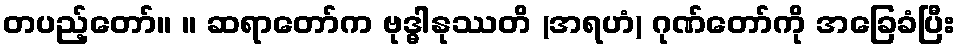
တပည့်တော်။ ။ ဆရာတော်က ဗုဒ္ဓါနုဿတိ (အရဟံ) ဂုဏ်တော်ကို အခြေခံပြီး